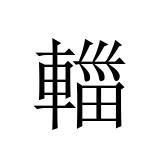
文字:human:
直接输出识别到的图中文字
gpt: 輺